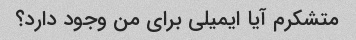
متشکرم آیا ایمیلی برای من وجود دارد؟